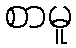
စာမူ